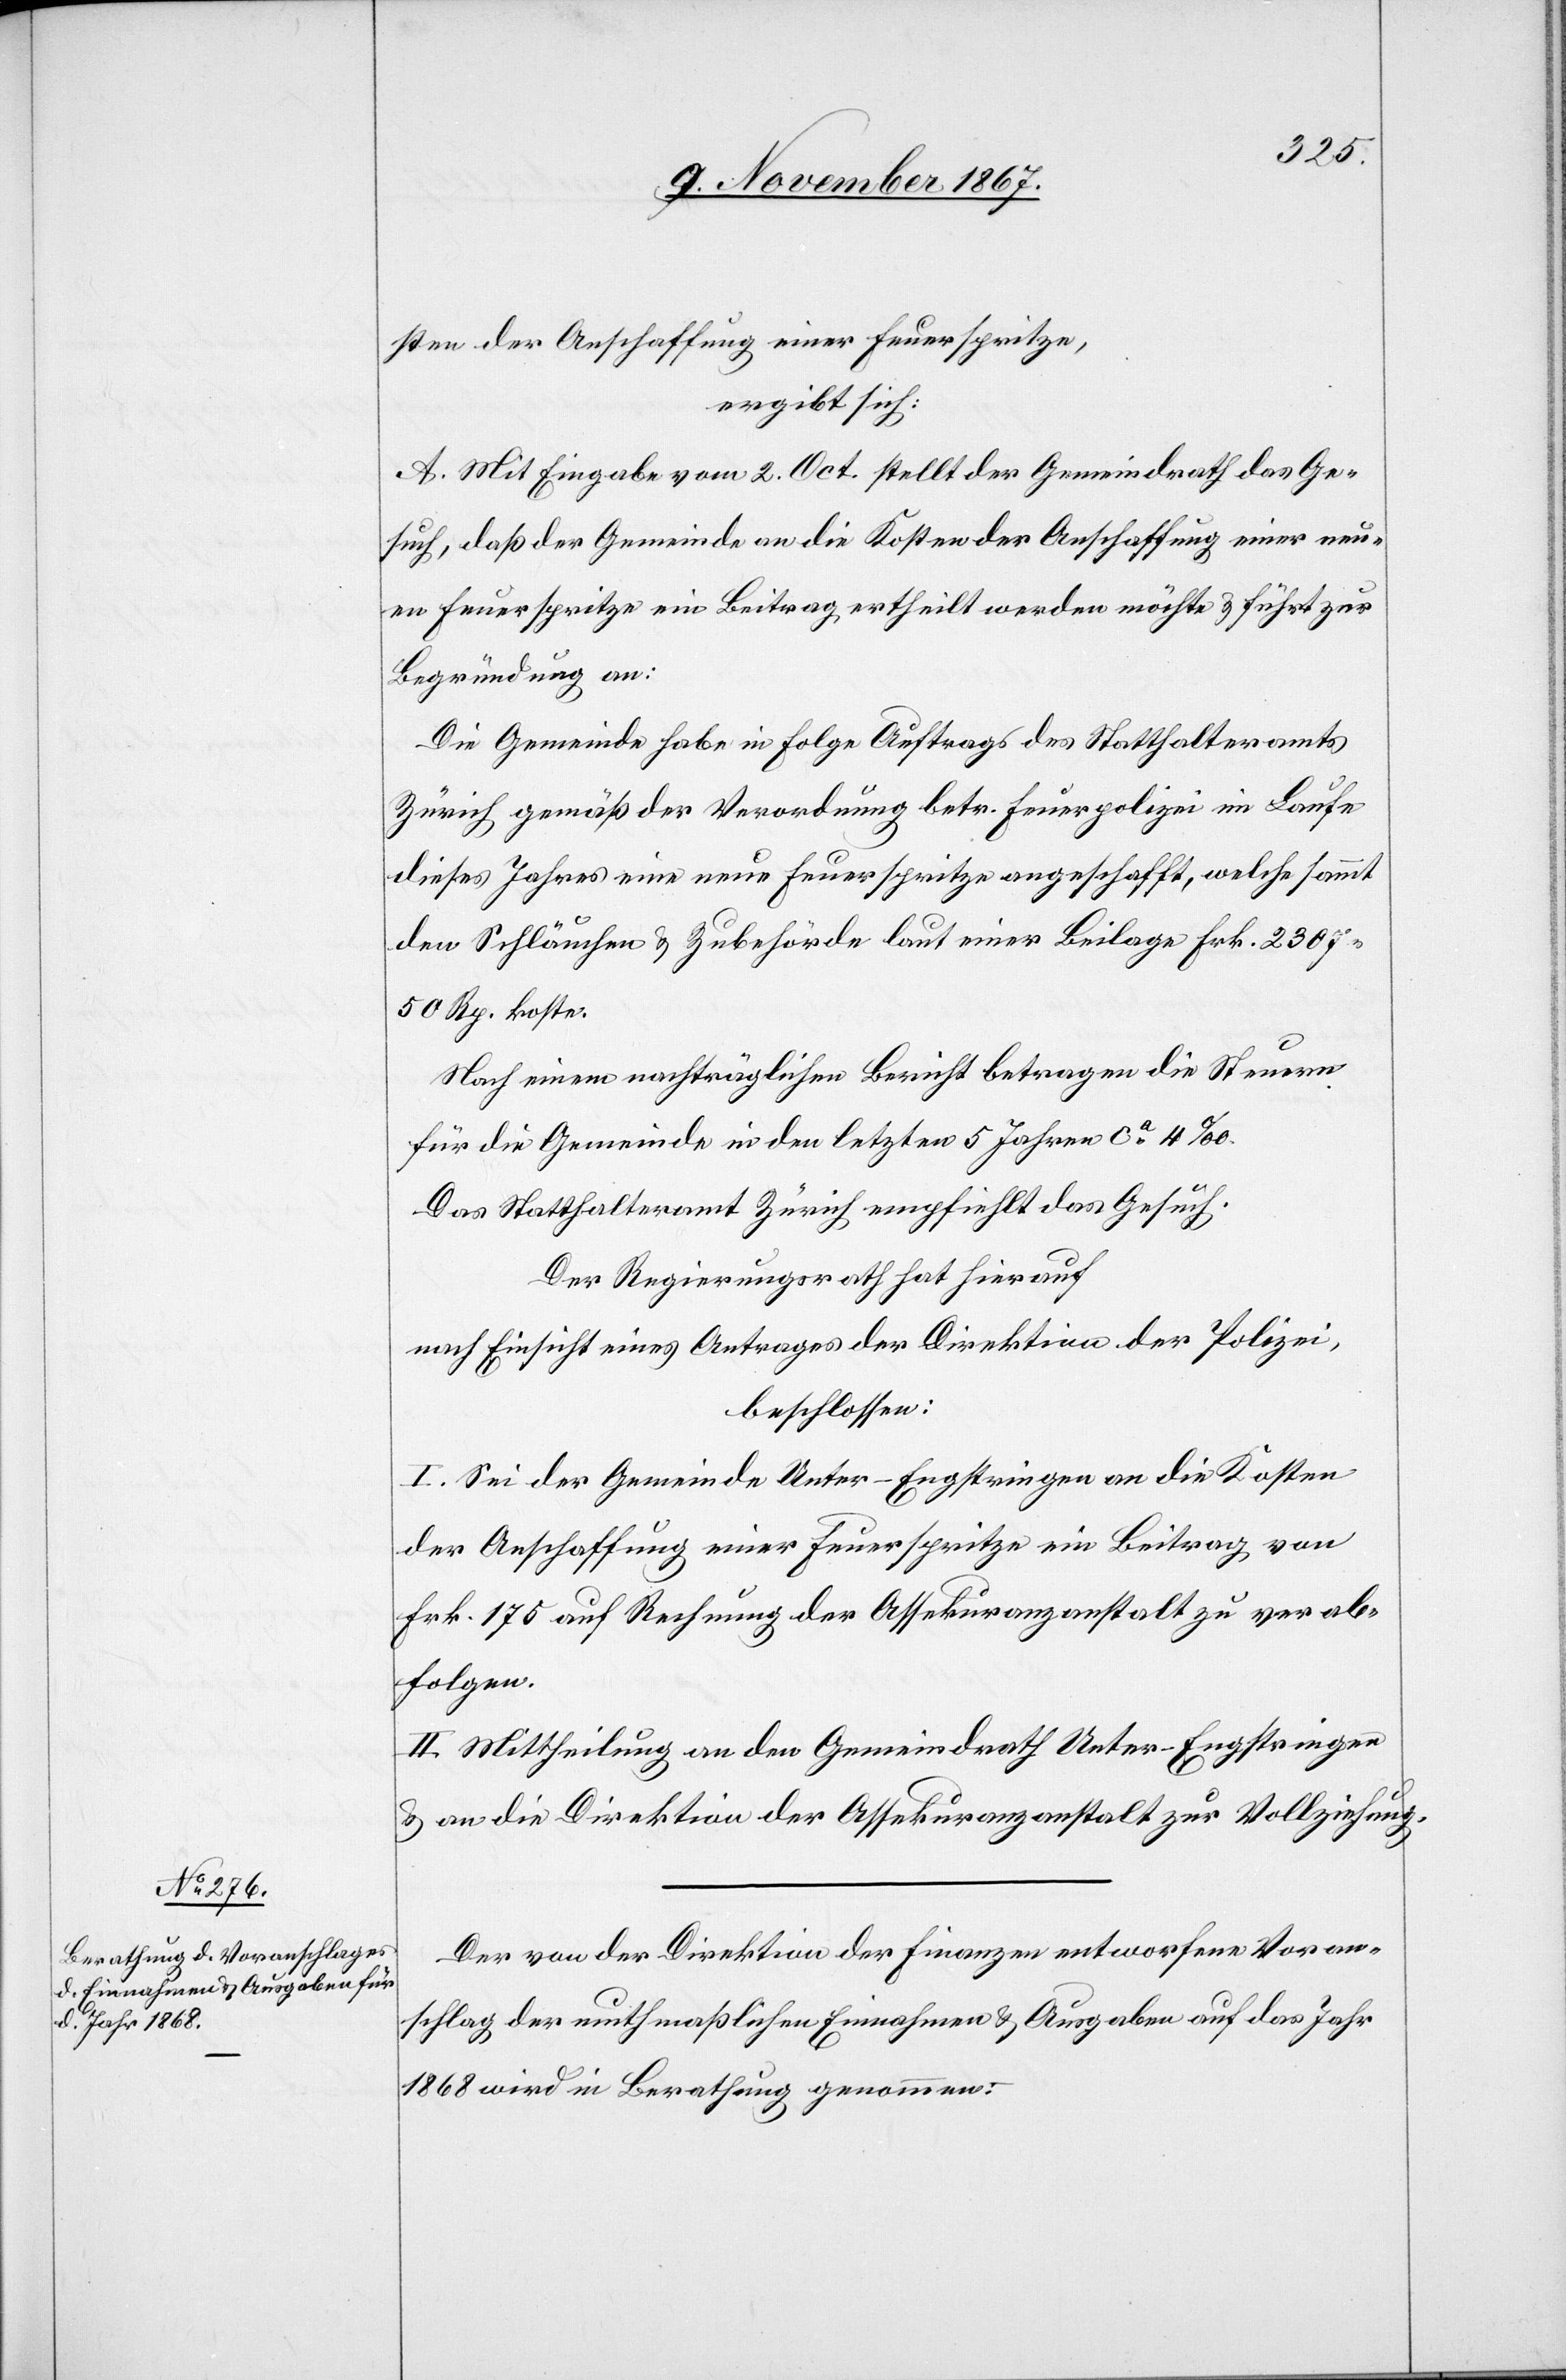
sten der Anschaffung einer Feuerspritze,
ergibt sich:
A. Mit Eingabe vom 2. Oct. stellt der Gemeindrath das Ge¬
such, daß der Gemeinde an die Kosten der Anschaffung einer neu¬
en Feuerspritze ein Beitrag ertheilt werden möchte u. führt zur
Begründung an:
Die Gemeinde habe in Folge Auftrags des Statthalteramts
Zürich gemäß der Verordnung betr. Feuerpolizei im Laufe
dieses Jahres eine neue Feuerspritze angeschafft, welche sammt
den Schläuchen u. Zubehörde laut einer Beilage Frk. 2307.50
Rp. koste.
Nach einem nachträglichen Bericht betragen die Steuern
für die Gemeinde in den letzten 5 Jahren ca 4 ‰.
Das Statthalteramt Zürich empfiehlt das Gesuch.
Der Regierungsrath hat hierauf
nach Einsicht eines Antrages der Direktion der Polizei,
beschlossen:
I. Sei der Gemeinde Unter-Engstringen an die Kosten
der Anschaffung einer Feuerspritze ein Beitrag von
Frk. 175 auf Rechnung der Assekuranzanstalt zu verab¬
folgen.
II. Mittheilung an den Gemeindrath Unter-Engstringen
u. an die Direktion der Assekuranzanstalt zur Vollziehung.
Der von der Direktion der Finanzen entworfene Voran¬
schlag der muthmaßlichen Einnahmen u. Ausgaben auf das Jahr
1868 wird in Berathung genommen: